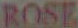
ROSE